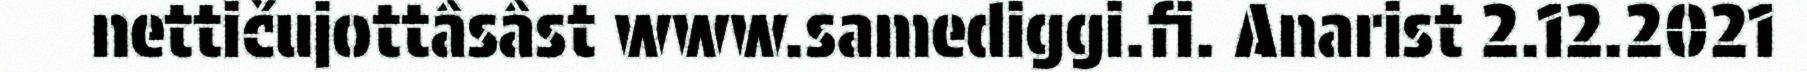
nettičujottâsâst www.samediggi.fi. Anarist 2.12.2021